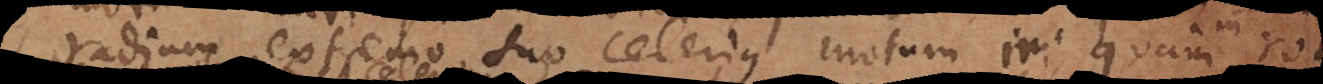
radium extremo suo celerius motum iri, quam in